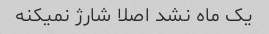
یک ماه نشد اصلا شارژ نمیکنه